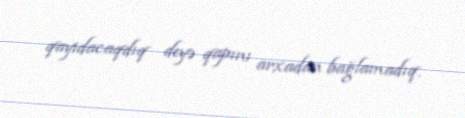
qayıdacaqdıq deyə qapını arxadan bağlamadıq.